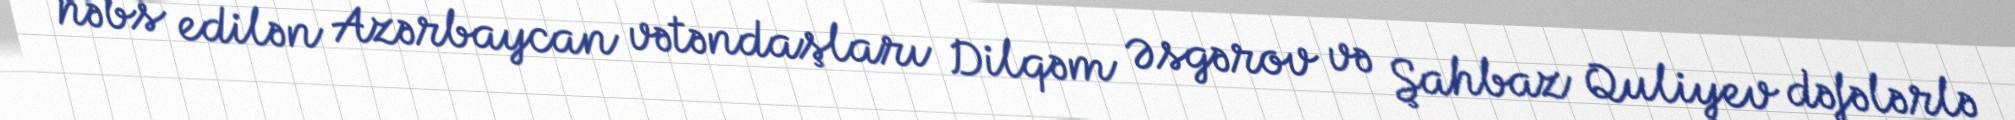
həbs edilən Azərbaycan vətəndaşları Dilqəm Əsgərov və Şahbaz Quliyev dəfələrlə